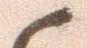
候